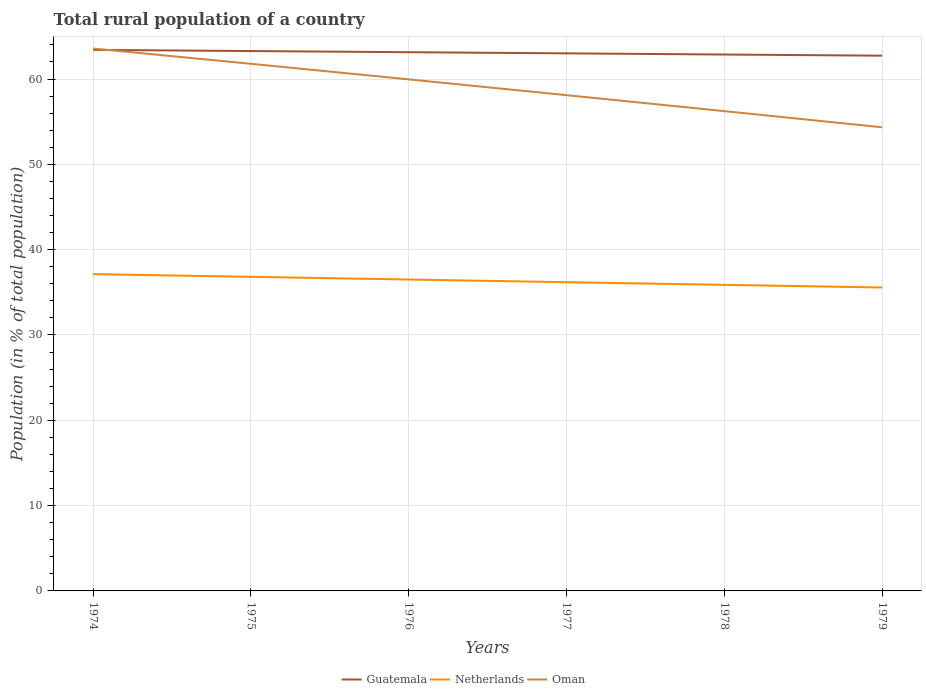
| Years | Guatemala | Netherlands | Oman |
 | --- | --- | --- | --- |
 | 1974 | 63.4 | 37.1 | 63.6 |
 | 1975 | 63.3 | 36.8 | 61.8 |
 | 1976 | 63.1 | 36.5 | 60 |
 | 1977 | 63 | 36.2 | 58.1 |
 | 1978 | 62.9 | 35.9 | 56.2 |
 | 1979 | 62.7 | 35.6 | 54.3 |